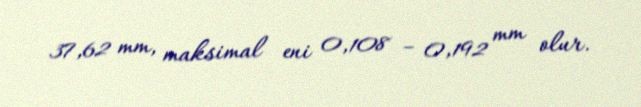
37,62 mm, maksimal eni 0,108 – 0,192 mm olur.